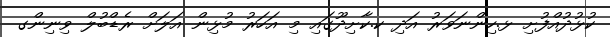
ކުޅުދުއްފުށި ޅ.ހިންނަވަރު އަދި ކ.ކާށިދޫގައި މި އަހަރު މުޅިން އަލަށް ރެޑްބުލް ވިނިންގ